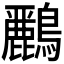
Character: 𪇾